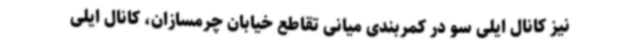
نیز کانال ایلی سو در کمربندی میانی تقاطع خیابان چرمسازان، کانال ایلی